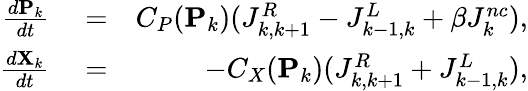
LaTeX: \begin{array}{rlr}{\frac{d\mathbf{P}_{k}}{dt}}&{{}=}&{C_{P}(\mathbf{P}_{k})(J_{k,k+1}^{R}-J_{k-1,k}^{L}+\beta J_{k}^{nc}),}\\ {\frac{d\mathbf{X}_{k}}{dt}}&{{}=}&{-C_{X}(\mathbf{P}_{k})(J_{k,k+1}^{R}+J_{k-1,k}^{L}),}\end{array}